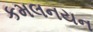
કમલનયન